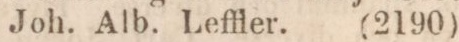
Joh. Alb. Leffler. (2190)